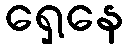
ရှေ့နေ